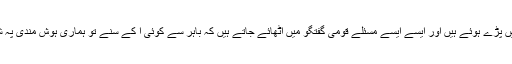
فروعی بحثوں میں پڑے ہوئے ہیں اور ایسے ایسے مسئلے قومی گفتگو میں اٹھائے جاتے ہیں کہ باہر سے کوئی آ کے سُنے تو ہماری ہوش مندی پہ شک کرنے لگے۔